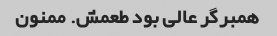
همبرگر عالی بود طعمش. ممنون